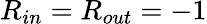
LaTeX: R_{in}=R_{out}=-1